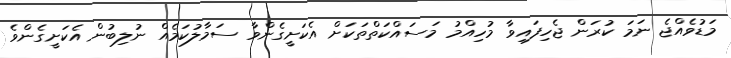
މަޑުވެއްޖެ ނަމަ ކުރަން ޖެހިފައިވާ މުހިއްމު މަސައްކަތްތަކަށް އެކަށީގެންވާ ސަމާލުކަމެއް ނުލިބުން އެކަށީގެންވެ